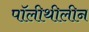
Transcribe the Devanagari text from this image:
पॉलीथीलीन